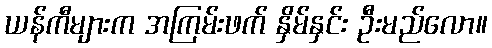
ယန်ကီများက အကြမ်းဖက် နှိမ်နှင်း ဦးမည်လော။